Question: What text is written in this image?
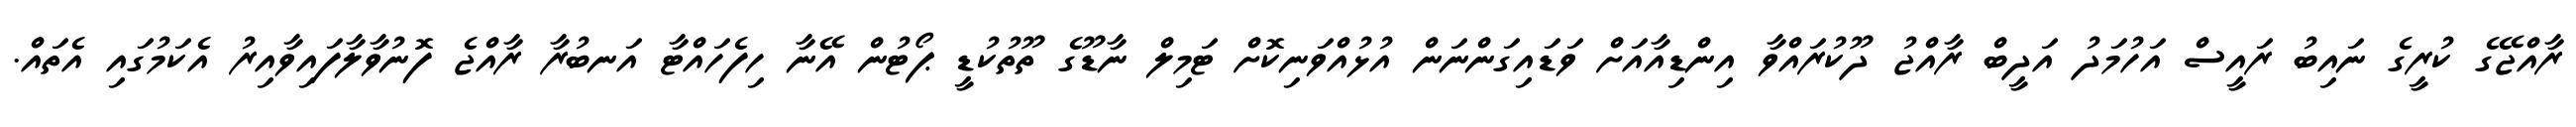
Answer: ރާއްޖޭގެ ކުރީގެ ނައިބު ރައީސް އަހުމަދު އަދީބް ރާއްޖު ދޫކުރައްވާ އިންޑިއާއަށް ވަޑައިގަންނަން އުޅުއްވަނިކޮށް ޓަމިލް ނާޑޫގެ ތޫތުކުޑީ ޕޯޓުން އޭނާ ހިފެހައްޓާ އަނބުރާ ރާއްޖެ ފޮނުވާލާފައިވާއިރު އެކަމުގައި އެތައް.